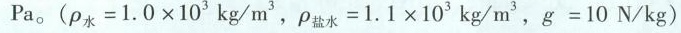
Pa。($$\rho _ { 水 } = 1 . 0 × 1 0 3 k g / m ^{ 3 }$$ ，$$\rho _ { 盐 水 } = 1 . 1 × 1 0 3 k g / m 3$$，$$g = 1 0 N / k g$$)